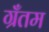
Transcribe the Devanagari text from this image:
ग्रँतम